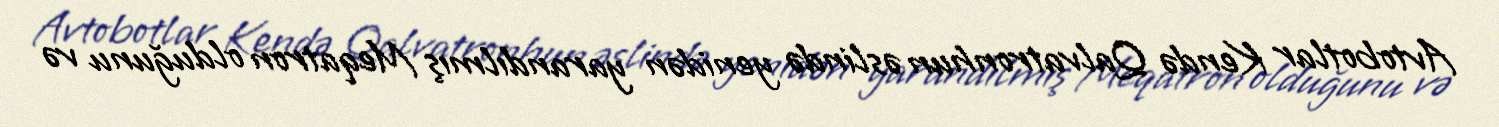
Avtobotlar Kendə Qalvatronhun əslində yenidən yarandılmış Meqatron olduğunu və